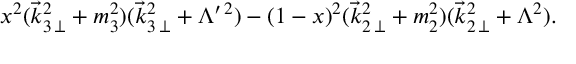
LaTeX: x ^ { 2 } ( \vec { k } _ { 3 \, \perp } ^ { 2 } + m _ { 3 } ^ { 2 } ) ( \vec { k } _ { 3 \, \perp } ^ { 2 } + \Lambda ^ { \prime \, 2 } ) - ( 1 - x ) ^ { 2 } ( \vec { k } _ { 2 \, \perp } ^ { 2 } + m _ { 2 } ^ { 2 } ) ( \vec { k } _ { 2 \, \perp } ^ { 2 } + \Lambda ^ { 2 } ) .